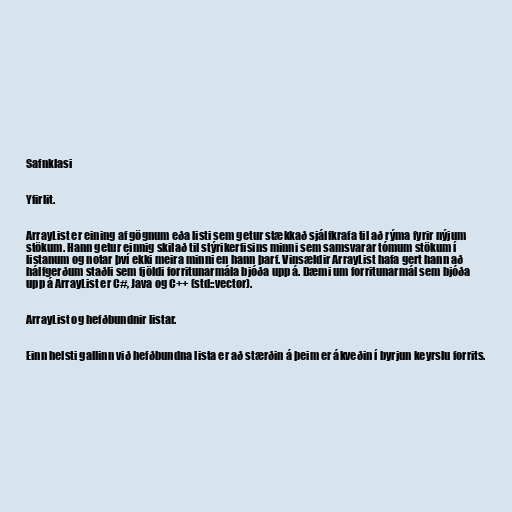
Safnklasi

Yfirlit.

ArrayList er eining af gögnum eða listi sem getur stækkað sjálfkrafa til að rýma fyrir nýjum
stökum. Hann getur einnig skilað til stýrikerfisins minni sem samsvarar tómum stökum í
listanum og notar því ekki meira minni en hann þarf. Vinsældir ArrayList hafa gert hann að
hálfgerðum staðli sem fjöldi forritunarmála bjóða upp á. Dæmi um forritunarmál sem bjóða
upp á ArrayList er C#, Java og C++ (std::vector).

ArrayList og hefðbundnir listar.

Einn helsti gallinn við hefðbundna lista er að stærðin á þeim er ákveðin í byrjun keyrslu forrits.